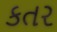
કતર